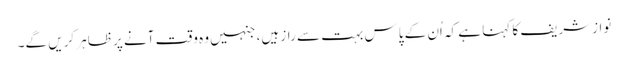
نوازشریف کا کہنا ہے کہ اُن کے پاس بہت سے راز ہیں، جنہیں وہ وقت آنے پر ظاہر کریں گے۔